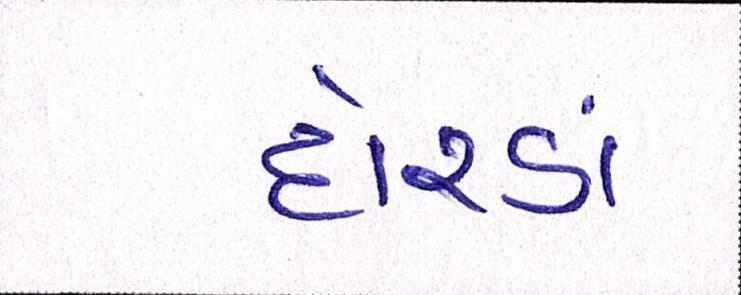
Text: દોરડાં